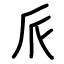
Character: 𠂢